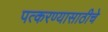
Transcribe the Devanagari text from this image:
पत्करण्यासाठीचे